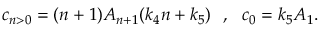
c _ { n > 0 } = ( n + 1 ) A _ { n + 1 } ( k _ { 4 } n + k _ { 5 } ) ~ ~ , ~ ~ c _ { 0 } = k _ { 5 } A _ { 1 } .